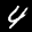
Label: 4